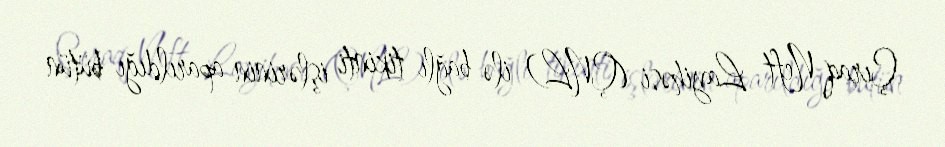
Çıraq Neft Layihəsi (ÇNL) ilə bağlı tikinti işlərinin aparıldığı bütün